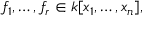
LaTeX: f _ { 1 } , \dots , f _ { r } \in k [ x _ { 1 } , \dots , x _ { n } ] ,